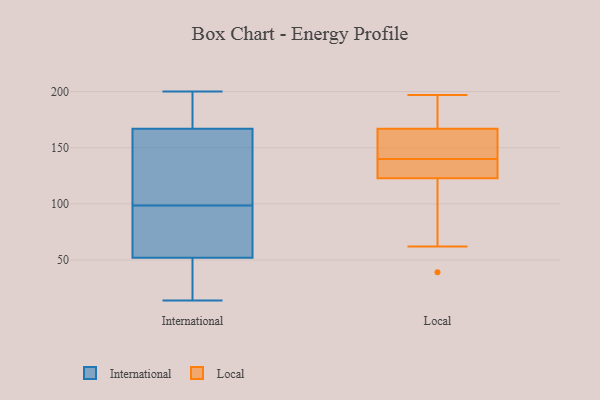
{"axis": {"x": "Tickets Resolved", "y": "Value"}, "legend": ["International", "Local"], "data": [{"x": "", "y": 80, "type": "International"}, {"x": "", "y": 37, "type": "International"}, {"x": "", "y": 150, "type": "International"}, {"x": "", "y": 200, "type": "International"}, {"x": "", "y": 167, "type": "International"}, {"x": "", "y": 51, "type": "International"}, {"x": "", "y": 53, "type": "International"}, {"x": "", "y": 180, "type": "International"}, {"x": "", "y": 86, "type": "International"}, {"x": "", "y": 14, "type": "International"}, {"x": "", "y": 200, "type": "International"}, {"x": "", "y": 21, "type": "International"}, {"x": "", "y": 136, "type": "International"}, {"x": "", "y": 98, "type": "International"}, {"x": "", "y": 99, "type": "International"}, {"x": "", "y": 52, "type": "International"}, {"x": "", "y": 173, "type": "International"}, {"x": "", "y": 166, "type": "International"}, {"x": "", "y": 39, "type": "Local"}, {"x": "", "y": 113, "type": "Local"}, {"x": "", "y": 129, "type": "Local"}, {"x": "", "y": 140, "type": "Local"}, {"x": "", "y": 155, "type": "Local"}, {"x": "", "y": 62, "type": "Local"}, {"x": "", "y": 126, "type": "Local"}, {"x": "", "y": 197, "type": "Local"}, {"x": "", "y": 167, "type": "Local"}, {"x": "", "y": 167, "type": "Local"}, {"x": "", "y": 141, "type": "Local"}, {"x": "", "y": 192, "type": "Local"}, {"x": "", "y": 126, "type": "Local"}]}